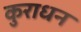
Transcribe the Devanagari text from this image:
कुराधन